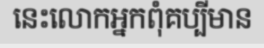
នេះលោកអ្នកពុំគប្បីមាន